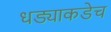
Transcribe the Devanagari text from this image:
धड्याकडेच